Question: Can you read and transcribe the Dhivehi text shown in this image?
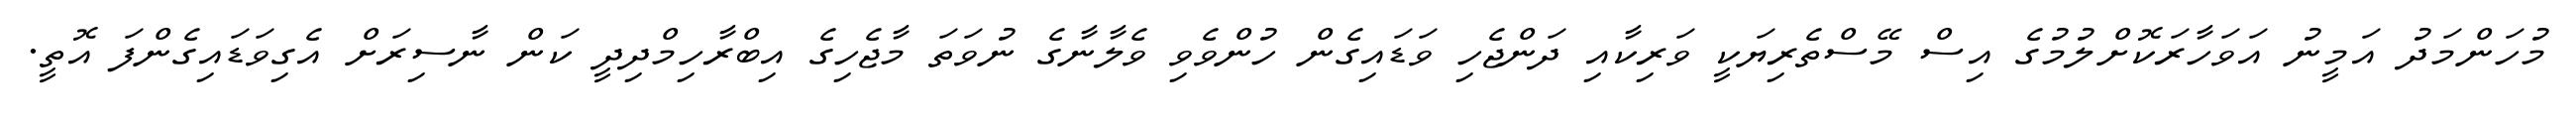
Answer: މުހަންމަދު އަމީނު އަވަހާރަކޮށްލުމުގެ އިސް މޭސްތެރިޔަކީ ވަރިކާއި ދަންޖެހި ވަޑައިގެން ހުންވެވި ވެލާނާގެ ނުވަތަ މާޖެހިގެ އިބްރާހިމްދިދީ ކަން ނާސިރަށް އެގިވަޑައިގެންފަ އޮތީ.